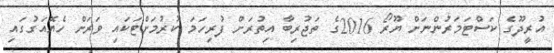
އުރީދޫގެ ކަސްޓަމަރުންނަށް ޔޫރޯ 2016ގެ ތަޖުރިބާ އިތުރަށް ފުރިހަމަ ކުރުމަށްޓަކައި ވަރަށް ހެޔޮއަގުގައި